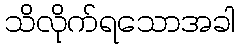
သိလိုက်ရသောအခါ